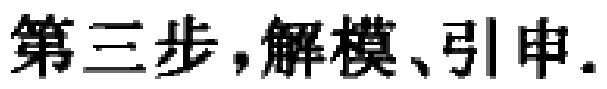
第三步，解模、引申.